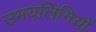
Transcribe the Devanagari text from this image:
उभयलिंगियों